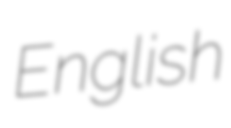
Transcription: English